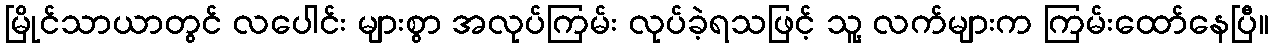
မြိုင်သာယာတွင် လပေါင်း များစွာ အလုပ်ကြမ်း လုပ်ခဲ့ရသဖြင့် သူ့ လက်များက ကြမ်းထော်နေပြီ။